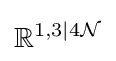
\mathbb {R} ^{1,3|4{\mathcal {N}}}